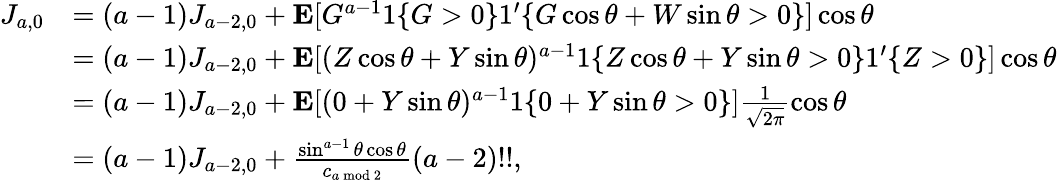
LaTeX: \begin{array}{rl}{J_{a,0}}&{=(a-1)J_{a-2,0}+\mathbf{E}[G^{a-1}1\{ G>0\} 1^{\prime}\{ G\cos\theta+W\sin\theta>0\} ]\cos\theta}\\ &{=(a-1)J_{a-2,0}+\mathbf{E}[(Z\cos\theta+Y\sin\theta)^{a-1}1\{ Z\cos\theta+Y\sin\theta>0\} 1^{\prime}\{ Z>0\} ]\cos\theta}\\ &{=(a-1)J_{a-2,0}+\mathbf{E}[(0+Y\sin\theta)^{a-1}1\{ 0+Y\sin\theta>0\} ]\frac{1}{\sqrt{2\pi}}\cos\theta}\\ &{=(a-1)J_{a-2,0}+\frac{\sin^{a-1}\theta\cos\theta}{c_{a\bmod 2}}(a-2)!!,}\end{array}